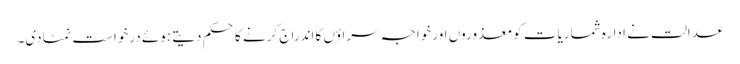
عدالت نے ادارہ شماریات کو معذوروں اور خواجہ سراؤں کا اندراج کرنے کا حکم دیتے ہوئے درخواست نمٹادی۔